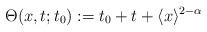
LaTeX: \begin{align*} \Theta(x,t;t_0) := t_0 + t + \langle x \rangle^{2-\alpha}\end{align*}